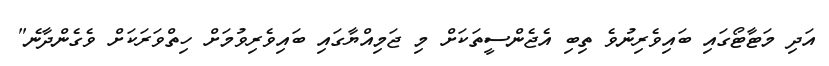
އަދި މަޓާޓޯގައި ބައިވެރިނުވެ ތިބި އެޖެންސީތަކަށް މި ޖަމިއްޔާގައި ބައިވެރިވުމަށް ހިތްވަރަކަށް ވެގެންދާނެ"